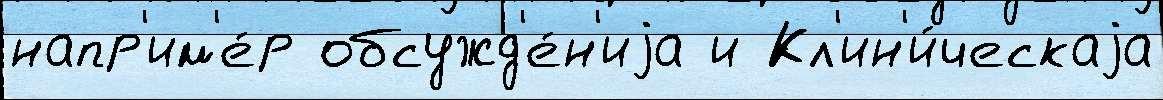
напр'им'е́р обсужд'е́н'иjа и Кл'ин'и́ческаjа